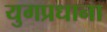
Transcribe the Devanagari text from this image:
युगप्रधाना